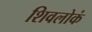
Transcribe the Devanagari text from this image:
शिवलोकं